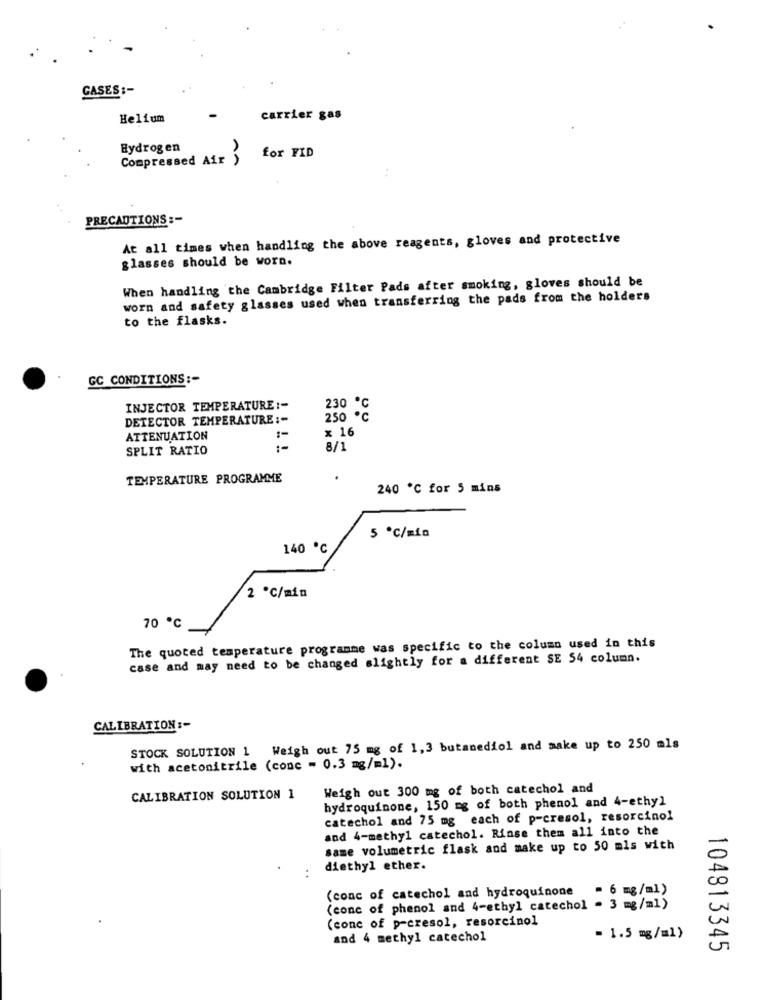
GASES :-
Helium
carrier gas
Hydrogen
Compressed Air )
for FID
..
PRECAUTIONS :-
At all times when handling the above reagents, gloves and protective
glasses should be worn.
When handling the Cambridge Filter Pads after smoking, gloves should be
worn and safety glasses used when transferring the pads from the holders
to the flasks.
GC CONDITIONS :-
INJECTOR TEMPERATURE :-
230 ℃
DETECTOR TEMPERATURE :-
250 ℃
× 16
ATTENUATION
SPLIT RATIO
8/1
TEMPERATURE PROGRAMME
240 ℃ for 5 mins
5 ℃/min
140 ℃
2 ℃/min
70 ℃
The quoted temperature programme was specific to the column used in this
case and may need to be changed slightly for a different SE 54 column.
CALIBRATION :-
STOCK SOLUTION 1 Weigh out 75 mg of 1,3 butanediol and make up to 250 mls
with acetonitrile (conc - 0.3 mg/ml).
Weigh out 300 mg of both catechol and
CALIBRATION SOLUTION 1
hydroquinone, 150 mg of both phenol and 4-ethyl
catechol and 75 mg each of p-cresol, resorcinol
and 4-methyl catechol. Rinse them all into the
same volumetric flask and make up to 50 mls with
diethyl ether.
..
(conc of catechol and hydroquinone
- 6 mg/ml)
(conc of phenol and 4-ethyl catechol = 3 mg/ml)
(conc of p-eresol, resorcinol
and 4 methyl catechol
= 1.5 mg/m1)
104813345